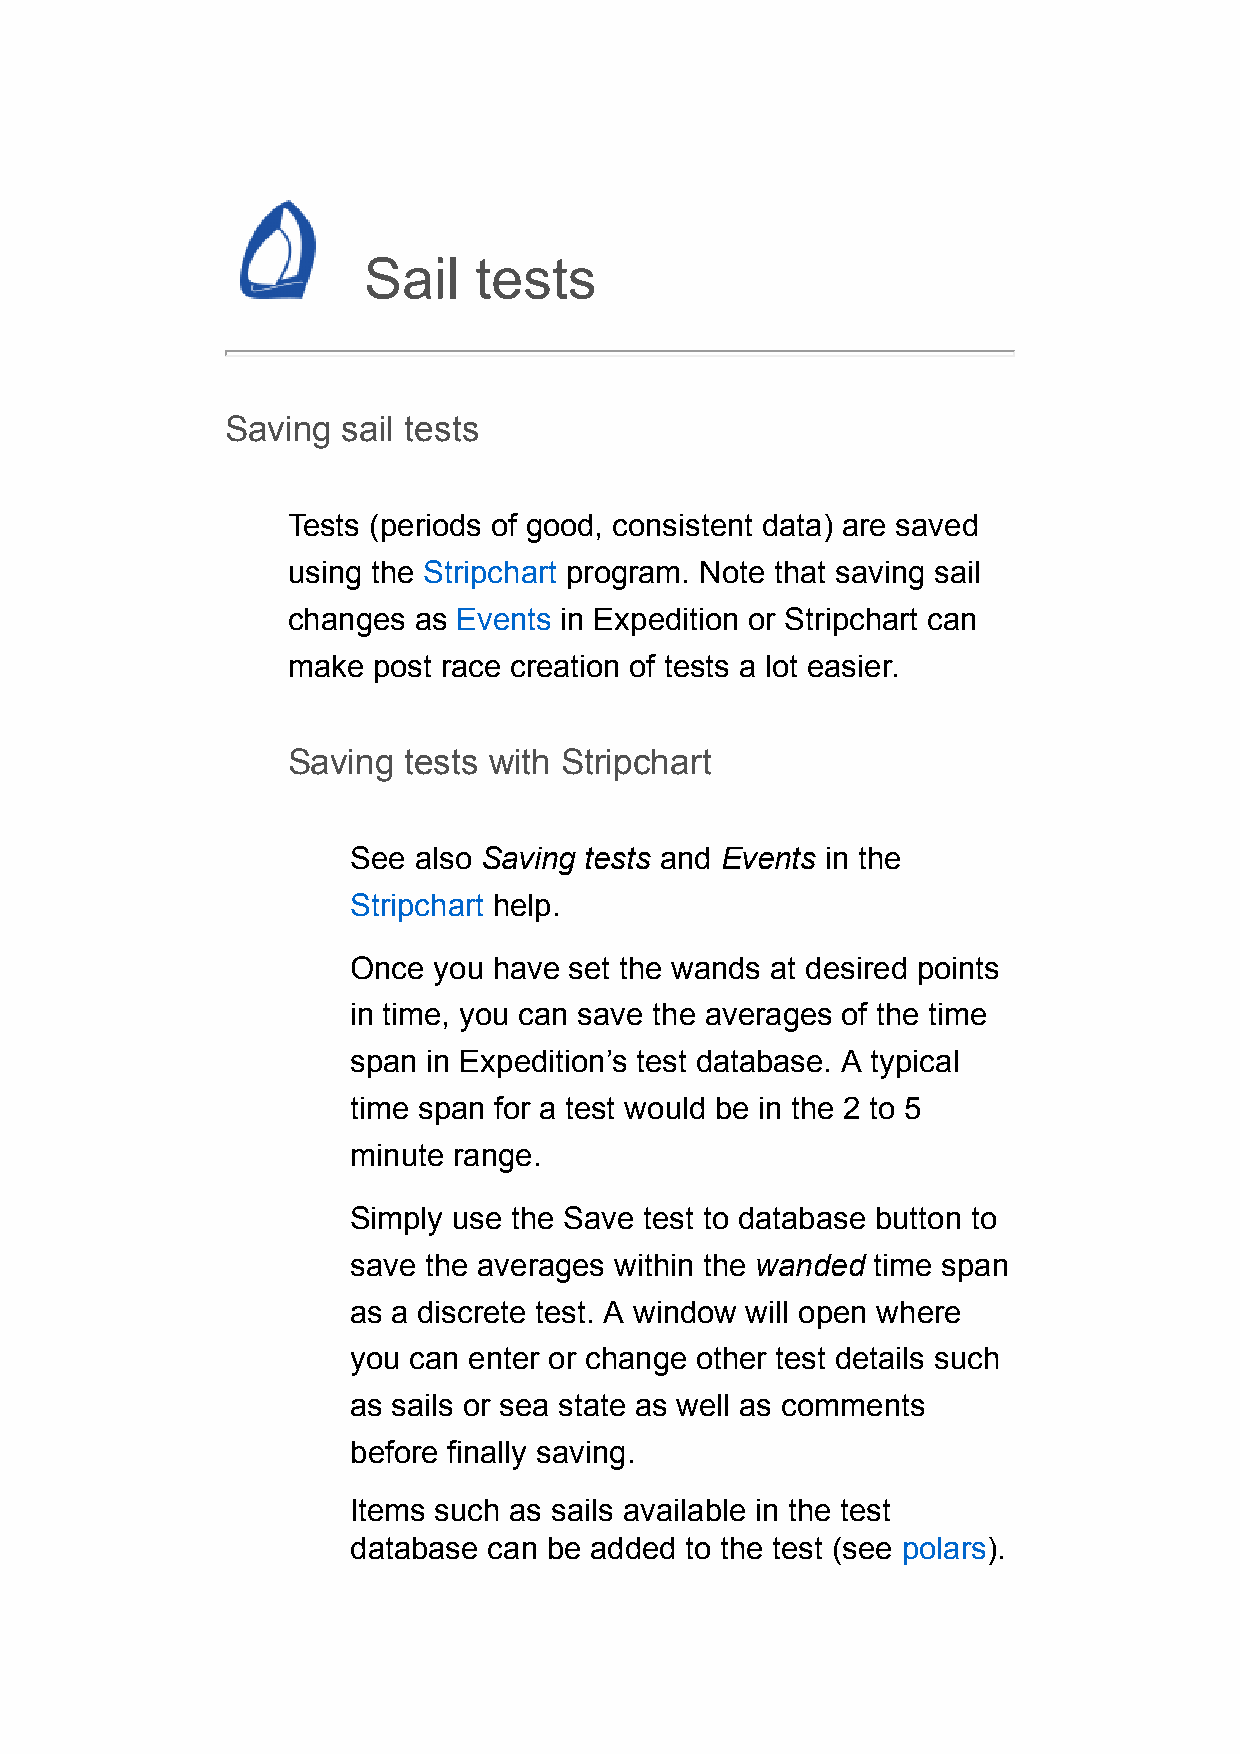
Sail   tests
 Saving  sail tests
 Tests (periods of good, consistent data) are saved
 using the Stripchart program. Note that saving sail
 changes as Events in Expedition or Stripchart can
 make  post race creation of tests a lot easier.
 Saving  tests with Stripchart
 See also Saving tests and Events in the
 Stripchart help.
 Once  you have set the wands at desired points
 in time, you can save the averages of the time
 span in Expedition’s test database. A typical
 time span for a test would be in the 2 to 5
 minute range.
 Simply use the Save test to database button to
 save the averages within the wanded time span
 as a discrete test. A window will open where
 you can enter or change other test details such
 as sails or sea state as well as comments
 before finally saving.
 Items such as sails available in the test
 database can be added to the test (see polars).